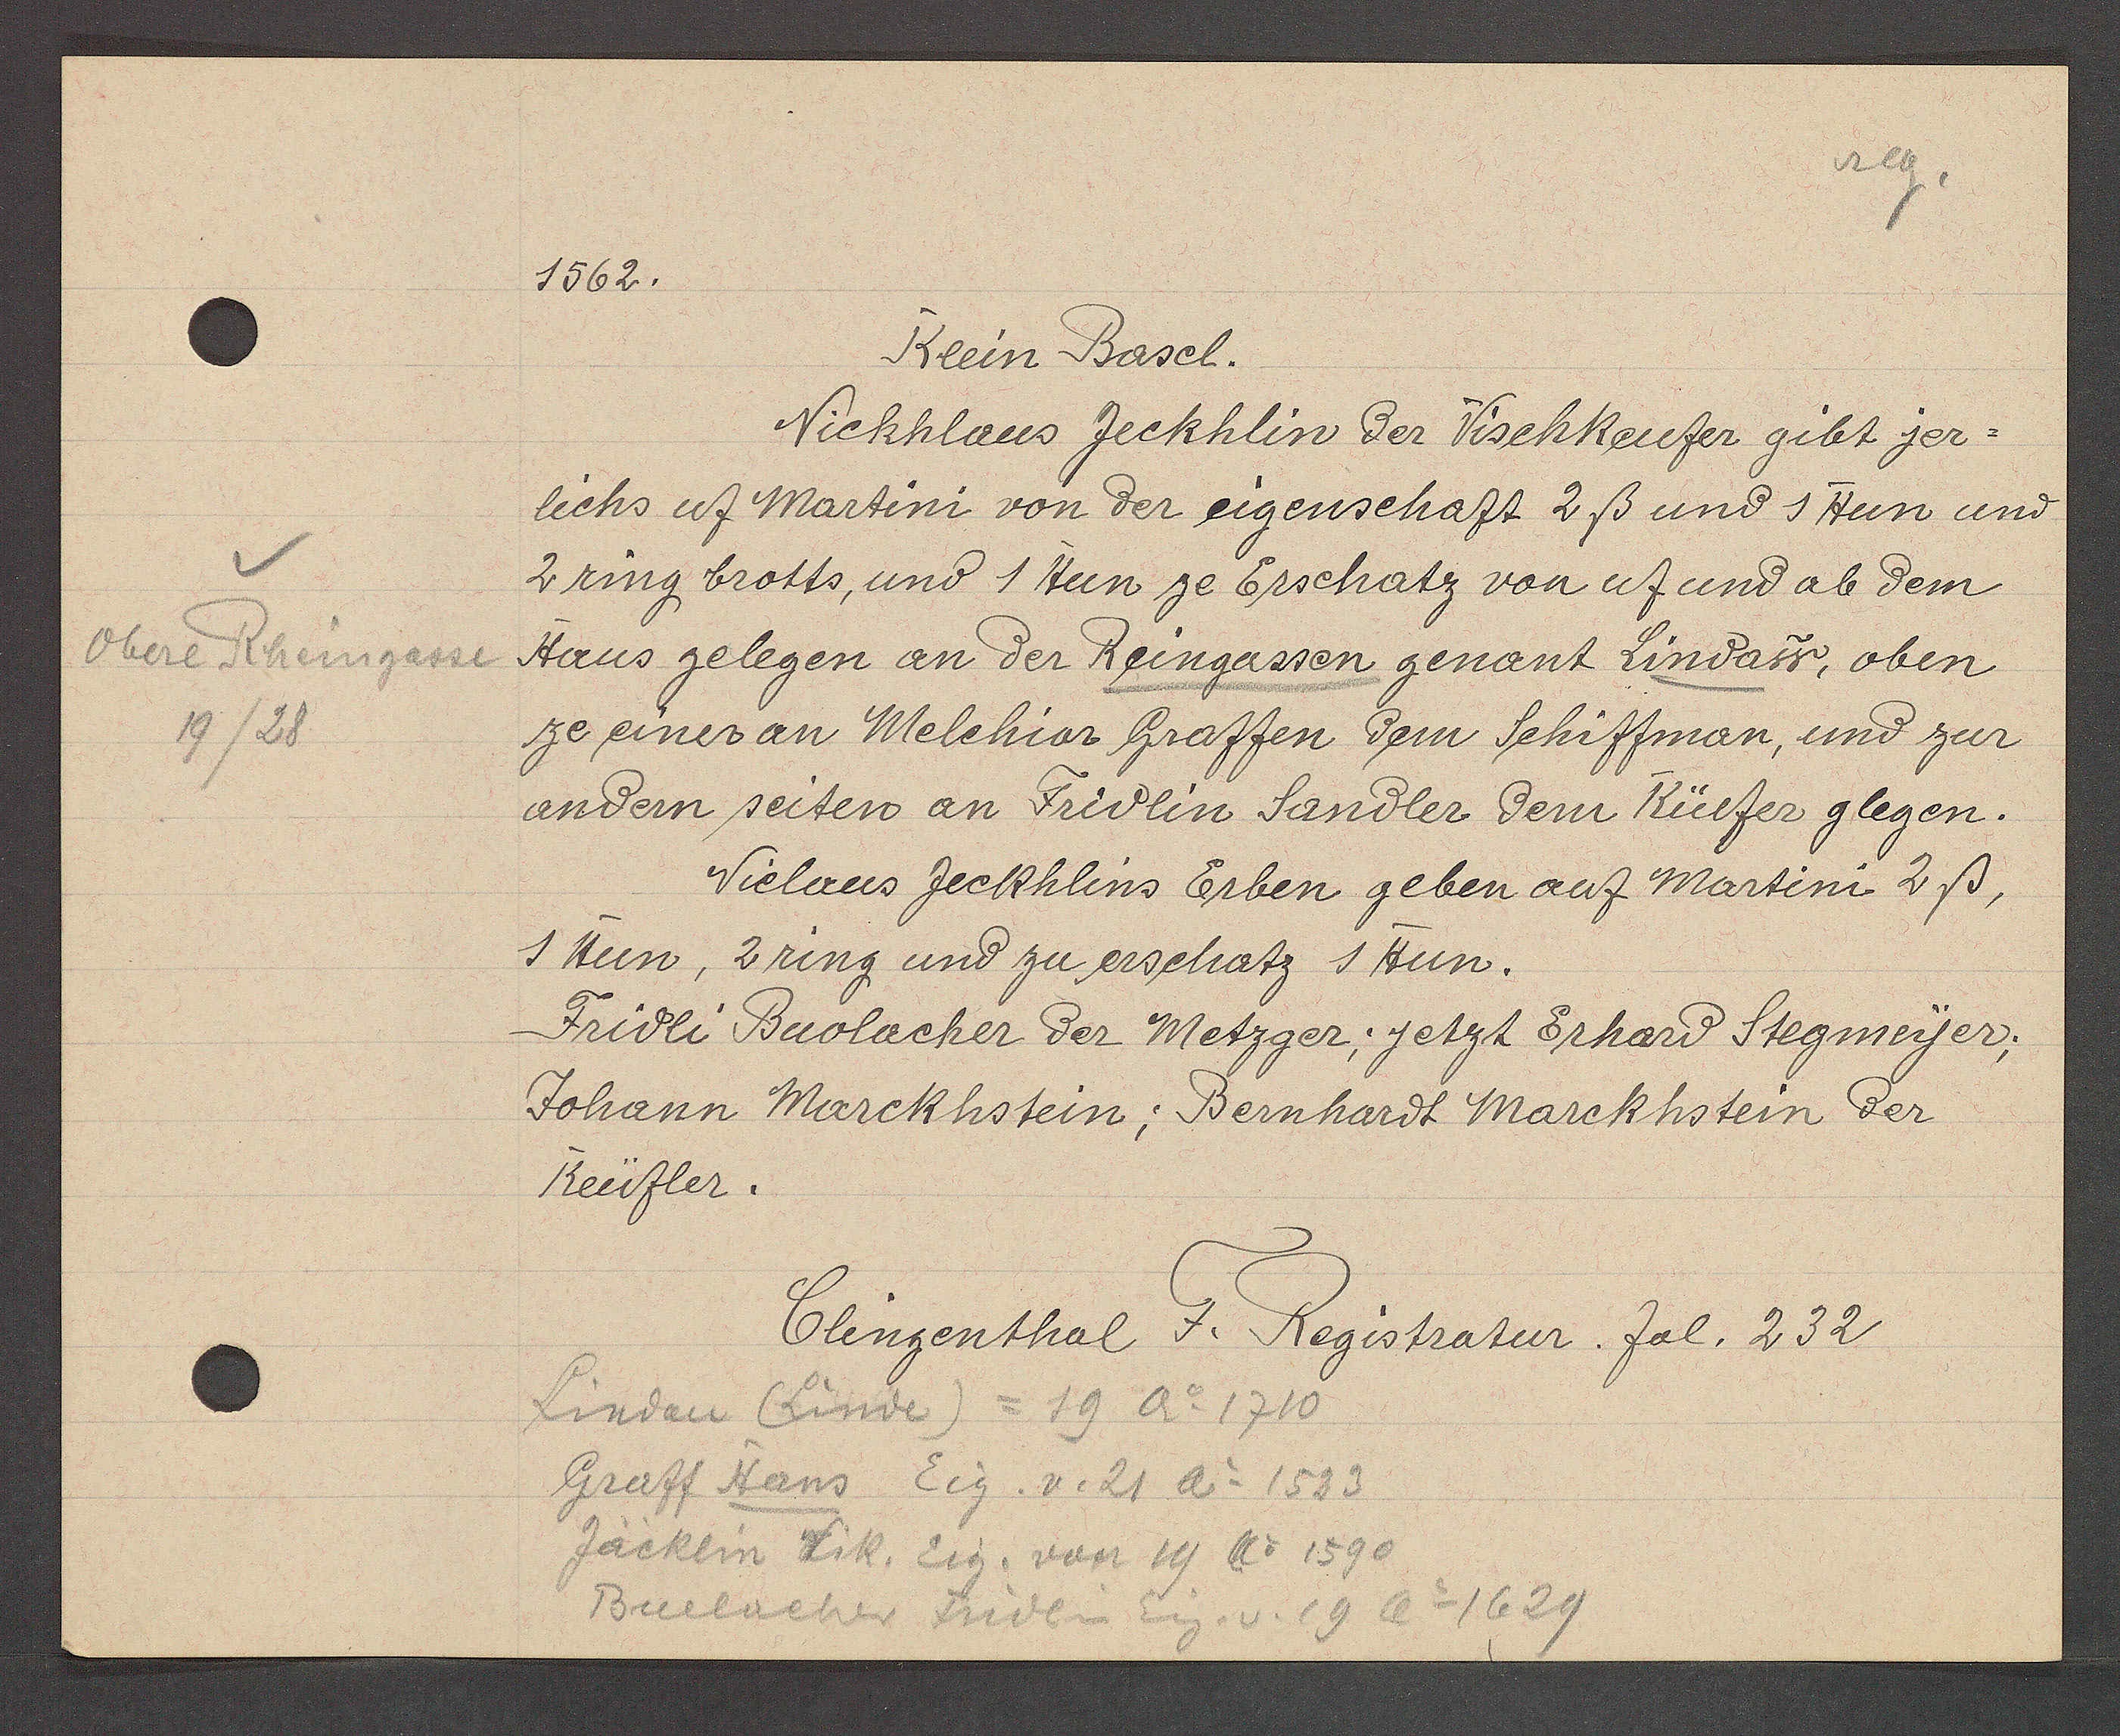
Transcript:
Obere Rheingasse
19/28

1562.

lichs uf Martini von der eigenschaft 2ß und 1 Hun und
2ring brotts, und 1 Hun ze Erschatz von uf und ab dem
Haus gelegen an der Reingassen genant Lindaw, oben
ze eines an Melchior Graffen dem Schiffman, und zur
andern seiten an Fridlin Sandler dem Küefer glegen.
1 Hun, 2ring und zu erschatz 1 Hun.
Fridli Buolacher der Metzger; jetzt Erhard Stegmeyer;
Johann Marckhstein, Bernhardt Marckhstein der
Keüfler.
Niclaus Zeckhlins Erben geben auf Martini 2ß,
Nickhlaus Zeckhlin der Vischkeufer gibt jer¬
Klein Basel.

Clingenthal F. Registratur fol. 232.

Linden (Linde) = 19 Ao 1710
Graff Hans Eig. v. 21 Ao 1533
Jäcklin Lik. Eig. von 19 Ao 1590
Buelacher Friden Eig. v. 19 Ao 1629